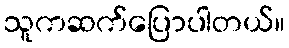
သူကဆက်ပြောပါတယ်။